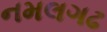
નમલગઢ